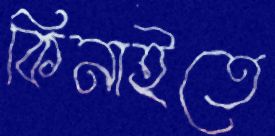
কিনাইতে